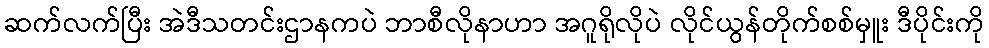
ဆက်လက်ပြီး အဲဒီသတင်းဌာနကပဲ ဘာစီလိုနာဟာ အဂူရိုလိုပဲ လိုင်ယွန်တိုက်စစ်မှူး ဒီပိုင်းကို